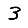
Digit: 3